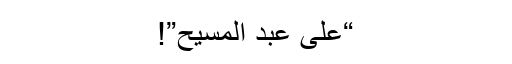
“علی عبد المسیح”!